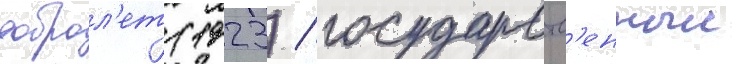
доброл'ет (1923) / государств'енныи